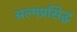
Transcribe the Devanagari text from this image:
अल्पप्रसिद्ध